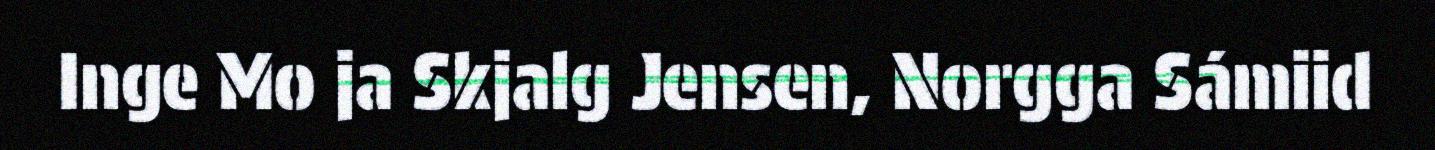
Inge Mo ja Skjalg Jensen, Norgga Sámiid